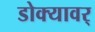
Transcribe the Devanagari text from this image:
डोक्यावर्